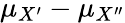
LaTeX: \mu_{X^{\prime}}-\mu_{X^{\prime\prime}}